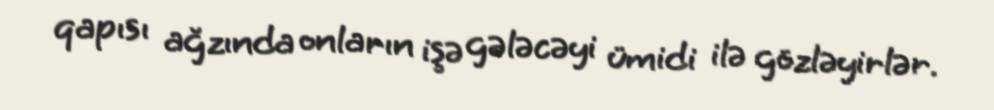
qapısı ağzında onların işə gələcəyi ümidi ilə gözləyirlər.